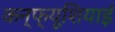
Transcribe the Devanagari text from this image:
कन्फ्यूशियाई